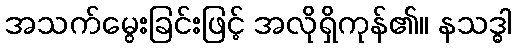
အသက်မွေးခြင်းဖြင့် အလိုရှိကုန်၏။ နသဒ္ဓါ